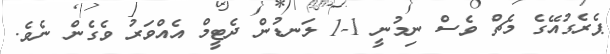
ޕެރެގުއޭގެ މެޗް ވެސް ނިމުނީ 1-1 ލަނޑުން ދެޓީމް އެއްވަރު ވެގެން ނެވެ.